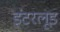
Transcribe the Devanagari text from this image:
इंटरलूड